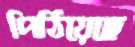
পিঠিয়েছে